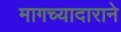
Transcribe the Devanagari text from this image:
मागच्यादाराने